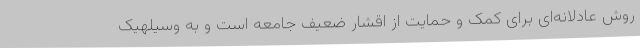
روش عادلانه‌ای برای کمک و حمایت از اقشار ضعیف جامعه است و به وسیلهیک